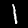
Digit: 1